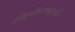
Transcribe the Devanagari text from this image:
साहित्यविषयकप्रश्नांची